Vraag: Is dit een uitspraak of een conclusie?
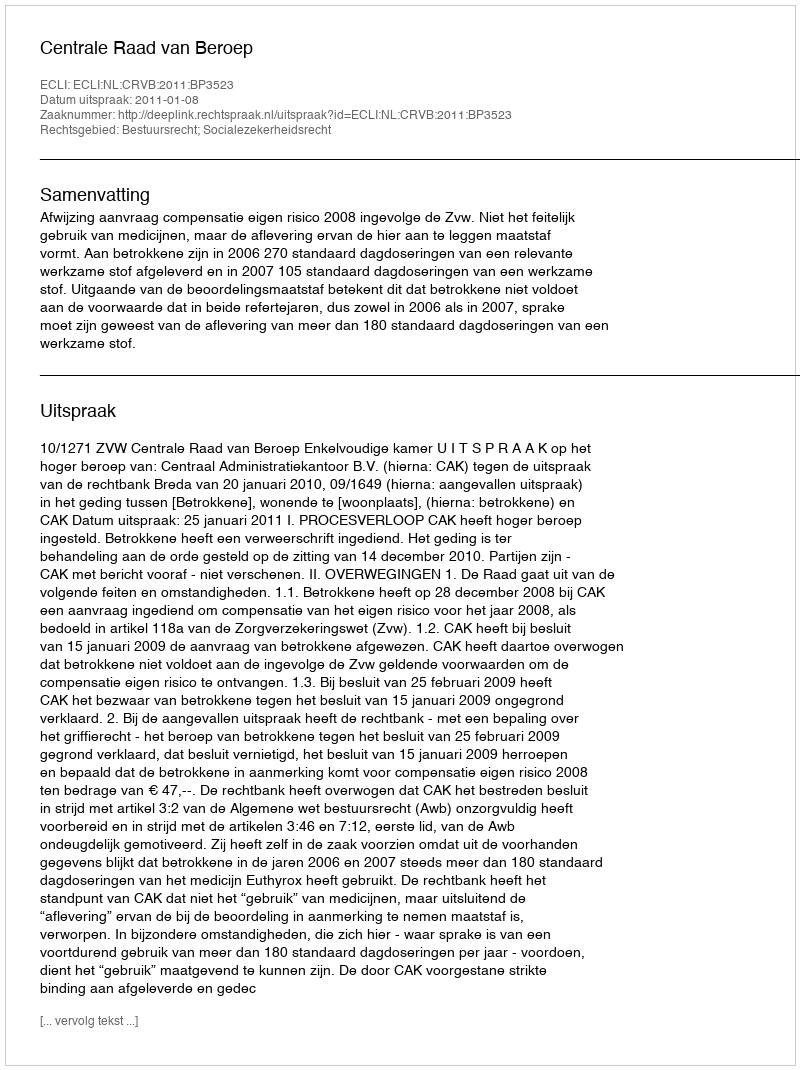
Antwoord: Uitspraak